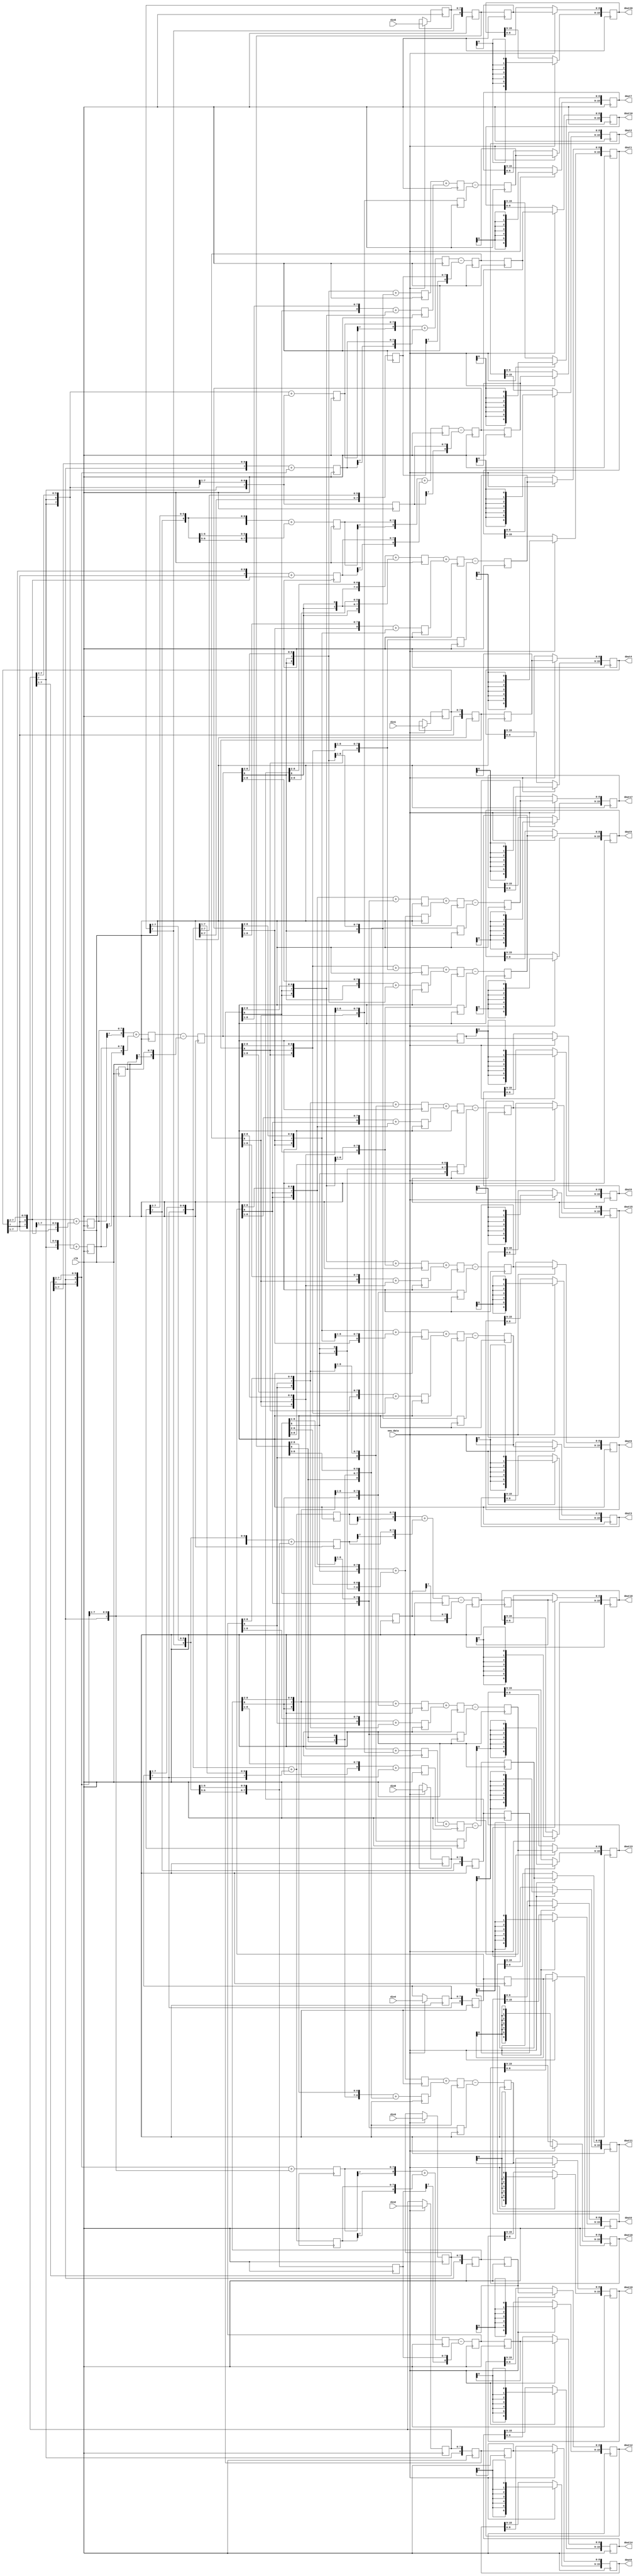

module quadintr_5_20 (clk, new_data,
   din0,
   din1,
   din2,
   din3,
   din4,
   din5,
   dout0,
   dout1,
   dout2,
   dout3,
   dout4,
   dout5,
   dout6,
   dout7,
   dout8,
   dout9,
   dout10,
   dout11,
   dout12,
   dout13,
   dout14,
   dout15,
   dout16,
   dout17,
   dout18,
   dout19,
   dout20); 

   input clk; 
   input new_data; 
   input[7:0] din0; 
   input[7:0] din1; 
   input[7:0] din2; 
   input[7:0] din3; 
   input[7:0] din4; 
   input[7:0] din5; 
   reg[7:0] dinr0; 
   reg[7:0] dinr1; 
   reg[7:0] dinr2; 
   reg[7:0] dinr3; 
   reg[7:0] dinr4; 
   reg[7:0] dinr5; 
   output[15:0] dout0; 
   output[15:0] dout1; 
   output[15:0] dout2; 
   output[15:0] dout3; 
   output[15:0] dout4; 
   output[15:0] dout5; 
   output[15:0] dout6; 
   output[15:0] dout7; 
   output[15:0] dout8; 
   output[15:0] dout9; 
   output[15:0] dout10; 
   output[15:0] dout11; 
   output[15:0] dout12; 
   output[15:0] dout13; 
   output[15:0] dout14; 
   output[15:0] dout15; 
   output[15:0] dout16; 
   output[15:0] dout17; 
   output[15:0] dout18; 
   output[15:0] dout19; 
   output[15:0] dout20; 
   reg[15:0] dout0; 
   reg[15:0] dout1; 
   reg[15:0] dout2; 
   reg[15:0] dout3; 
   reg[15:0] dout4; 
   reg[15:0] dout5; 
   reg[15:0] dout6; 
   reg[15:0] dout7; 
   reg[15:0] dout8; 
   reg[15:0] dout9; 
   reg[15:0] dout10; 
   reg[15:0] dout11; 
   reg[15:0] dout12; 
   reg[15:0] dout13; 
   reg[15:0] dout14; 
   reg[15:0] dout15; 
   reg[15:0] dout16; 
   reg[15:0] dout17; 
   reg[15:0] dout18; 
   reg[15:0] dout19; 
   reg[15:0] dout20; 

   reg[7:0] tmp_10; 
   reg[7:0] tmp_11; 
   reg[7:0] tmp_12; 
   reg[7:0] tmp_13; 
   reg[7:0] tmp_14; 
   reg[7:0] tmp_15; 
   reg[7:0] tmp_16; 
   reg[7:0] tmp_17; 
   reg[7:0] tmp_18; 
   reg[7:0] tmp_19; 
   reg[7:0] tmp_110; 
   reg[7:0] tmp_20; 
   reg[7:0] tmp_21; 
   reg[7:0] tmp_22; 
   reg[7:0] tmp_23; 
   reg[7:0] tmp_24; 
   reg[7:0] tmp_25; 
   reg[7:0] tmp_26; 
   reg[7:0] tmp_27; 
   reg[7:0] tmp_28; 
   reg[7:0] tmp_29; 
   reg[7:0] tmp_210; 
   reg[7:0] tmp_30; 
   reg[7:0] tmp_31; 
   reg[7:0] tmp_32; 
   reg[7:0] tmp_33; 
   reg[7:0] tmp_34; 
   reg[7:0] tmp_35; 
   reg[7:0] tmp_36; 
   reg[7:0] tmp_37; 
   reg[7:0] tmp_38; 
   reg[7:0] tmp_39; 
   reg[7:0] tmp_310; 
   reg[8:0] add_tmp0; 
   reg[8:0] add_tmp1; 
   reg[8:0] add_tmp2; 
   reg[8:0] add_tmp3; 
   reg[8:0] add_tmp4; 
   reg[8:0] add_tmp5; 
   reg[8:0] add_tmp6; 
   reg[8:0] add_tmp7; 
   reg[8:0] add_tmp8; 
   reg[8:0] add_tmp9; 
   reg[8:0] add_tmp10; 
   reg[8:0] doutr0; 
   reg[8:0] doutr1; 
   reg[8:0] doutr2; 
   reg[8:0] doutr3; 
   reg[8:0] doutr4; 
   reg[8:0] doutr5; 
   reg[8:0] doutr6; 
   reg[8:0] doutr7; 
   reg[8:0] doutr8; 
   reg[8:0] doutr9; 
   reg[8:0] doutr10; 
   reg[8:0] doutr11; 
   reg[8:0] doutr12; 
   reg[8:0] doutr13; 
   reg[8:0] doutr14; 
   reg[8:0] doutr15; 
   reg[8:0] doutr16; 
   reg[8:0] doutr17; 
   reg[8:0] doutr18; 
   reg[8:0] doutr19; 
   reg[8:0] doutr20; 


   reg[8:0] tmp_1_100; 
   reg[8:0] tmp_1_101; 
   reg[8:0] tmp_1_102; 
   reg[8:0] tmp_1_103; 
   reg[8:0] tmp_1_104; 
   reg[8:0] tmp_1_105; 
   reg[8:0] tmp_1_106; 
   reg[8:0] tmp_1_107; 
   reg[8:0] tmp_1_108; 
   reg[8:0] tmp_1_109; 
   reg[8:0] tmp_1_1010; 
   reg[8:0] tmp_1_1011; 
   reg[8:0] tmp_1_1012; 
   reg[8:0] tmp_1_1013; 
   reg[8:0] tmp_1_1014; 
   reg[8:0] tmp_1_1015; 
   reg[8:0] tmp_1_1016; 
   reg[8:0] tmp_1_1017; 
   reg[8:0] tmp_1_1018; 
   reg[8:0] tmp_1_1019; 
   reg[8:0] tmp_1_1020; 
   reg[8:0] tmp_2_100; 
   reg[8:0] tmp_2_101; 
   reg[8:0] tmp_2_102; 
   reg[8:0] tmp_2_103; 
   reg[8:0] tmp_2_104; 
   reg[8:0] tmp_2_105; 
   reg[8:0] tmp_2_106; 
   reg[8:0] tmp_2_107; 
   reg[8:0] tmp_2_108; 
   reg[8:0] tmp_2_109; 
   reg[8:0] tmp_2_1010; 
   reg[8:0] tmp_2_1011; 
   reg[8:0] tmp_2_1012; 
   reg[8:0] tmp_2_1013; 
   reg[8:0] tmp_2_1014; 
   reg[8:0] tmp_2_1015; 
   reg[8:0] tmp_2_1016; 
   reg[8:0] tmp_2_1017; 
   reg[8:0] tmp_2_1018; 
   reg[8:0] tmp_2_1019; 
   reg[8:0] tmp_2_1020; 
   reg[8:0] tmp_3_100; 
   reg[8:0] tmp_3_101; 
   reg[8:0] tmp_3_102; 
   reg[8:0] tmp_3_103; 
   reg[8:0] tmp_3_104; 
   reg[8:0] tmp_3_105; 
   reg[8:0] tmp_3_106; 
   reg[8:0] tmp_3_107; 
   reg[8:0] tmp_3_108; 
   reg[8:0] tmp_3_109; 
   reg[8:0] tmp_3_1010; 
   reg[8:0] tmp_3_1011; 
   reg[8:0] tmp_3_1012; 
   reg[8:0] tmp_3_1013; 
   reg[8:0] tmp_3_1014; 
   reg[8:0] tmp_3_1015; 
   reg[8:0] tmp_3_1016; 
   reg[8:0] tmp_3_1017; 
   reg[8:0] tmp_3_1018; 
   reg[8:0] tmp_3_1019; 
   reg[8:0] tmp_3_1020; 
   reg[8:0] add_tmp_100; 
   reg[8:0] add_tmp_101; 
   reg[8:0] add_tmp_102; 
   reg[8:0] add_tmp_103; 
   reg[8:0] add_tmp_104; 
   reg[8:0] add_tmp_105; 
   reg[8:0] add_tmp_106; 
   reg[8:0] add_tmp_107; 
   reg[8:0] add_tmp_108; 
   reg[8:0] add_tmp_109; 
   reg[8:0] add_tmp_1010; 
   reg[8:0] add_tmp_1011; 
   reg[8:0] add_tmp_1012; 
   reg[8:0] add_tmp_1013; 
   reg[8:0] add_tmp_1014; 
   reg[8:0] add_tmp_1015; 
   reg[8:0] add_tmp_1016; 
   reg[8:0] add_tmp_1017; 
   reg[8:0] add_tmp_1018; 
   reg[8:0] add_tmp_1019; 
   reg[8:0] add_tmp_1020; 

   reg[8:0] doutr_100; 
   reg[8:0] doutr_101; 
   reg[8:0] doutr_102; 
   reg[8:0] doutr_103; 
   reg[8:0] doutr_104; 
   reg[8:0] doutr_105; 
   reg[8:0] doutr_106; 
   reg[8:0] doutr_107; 
   reg[8:0] doutr_108; 
   reg[8:0] doutr_109; 
   reg[8:0] doutr_1010; 

   always @(posedge clk)
   begin
         if (new_data == 1'b1)
         begin
			dinr0 <= din0;
			dinr1 <= din1;
			dinr2 <= din2;
			dinr3 <= din3;
			dinr4 <= din4;
			dinr5 <= din5;

			dout0[15:9] <= {doutr0[8],doutr0[8],doutr0[8],doutr0[8],doutr0[8],doutr0[8],doutr0[8]};
			dout1[15:9] <= {doutr1[8],doutr1[8],doutr1[8],doutr1[8],doutr1[8],doutr1[8],doutr1[8]};
			dout2[15:9] <= {doutr2[8],doutr2[8],doutr2[8],doutr2[8],doutr2[8],doutr2[8],doutr2[8]};
			dout3[15:9] <= {doutr3[8],doutr3[8],doutr3[8],doutr3[8],doutr3[8],doutr3[8],doutr3[8]};
			dout4[15:9] <= {doutr4[8],doutr4[8],doutr4[8],doutr4[8],doutr4[8],doutr4[8],doutr4[8]};
			dout5[15:9] <= {doutr5[8],doutr5[8],doutr5[8],doutr5[8],doutr5[8],doutr5[8],doutr5[8]};
			dout6[15:9] <= {doutr6[8],doutr6[8],doutr6[8],doutr6[8],doutr6[8],doutr6[8],doutr6[8]};
			dout7[15:9] <= {doutr7[8],doutr7[8],doutr7[8],doutr7[8],doutr7[8],doutr7[8],doutr7[8]};
			dout8[15:9] <= {doutr8[8],doutr8[8],doutr8[8],doutr8[8],doutr8[8],doutr8[8],doutr8[8]};
			dout9[15:9] <= {doutr9[8],doutr9[8],doutr9[8],doutr9[8],doutr9[8],doutr9[8],doutr9[8]};
			dout10[15:9] <= {doutr10[8],doutr10[8],doutr10[8],doutr10[8],doutr10[8],doutr10[8],doutr10[8]};
			dout11[15:9] <= {doutr11[8],doutr11[8],doutr11[8],doutr11[8],doutr11[8],doutr11[8],doutr11[8]};
			dout12[15:9] <= {doutr12[8],doutr12[8],doutr12[8],doutr12[8],doutr12[8],doutr12[8],doutr12[8]};
			dout13[15:9] <= {doutr13[8],doutr13[8],doutr13[8],doutr13[8],doutr13[8],doutr13[8],doutr13[8]};
			dout14[15:9] <= {doutr14[8],doutr14[8],doutr14[8],doutr14[8],doutr14[8],doutr14[8],doutr14[8]};
			dout15[15:9] <= {doutr15[8],doutr15[8],doutr15[8],doutr15[8],doutr15[8],doutr15[8],doutr15[8]};
			dout16[15:9] <= {doutr16[8],doutr16[8],doutr16[8],doutr16[8],doutr16[8],doutr16[8],doutr16[8]};
			dout17[15:9] <= {doutr17[8],doutr17[8],doutr17[8],doutr17[8],doutr17[8],doutr17[8],doutr17[8]};
			dout18[15:9] <= {doutr18[8],doutr18[8],doutr18[8],doutr18[8],doutr18[8],doutr18[8],doutr18[8]};
			dout19[15:9] <= {doutr19[8],doutr19[8],doutr19[8],doutr19[8],doutr19[8],doutr19[8],doutr19[8]};
			dout20[15:9] <= {doutr20[8],doutr20[8],doutr20[8],doutr20[8],doutr20[8],doutr20[8],doutr20[8]};
			dout0[8:0] <= doutr0;
			dout1[8:0] <= doutr1;
			dout2[8:0] <= doutr2;
			dout3[8:0] <= doutr3;
			dout4[8:0] <= doutr4;
			dout5[8:0] <= doutr5;
			dout6[8:0] <= doutr6;
			dout7[8:0] <= doutr7;
			dout8[8:0] <= doutr8;
			dout9[8:0] <= doutr9;
			dout10[8:0] <= doutr10;
			dout11[8:0] <= doutr11;
			dout12[8:0] <= doutr12;
			dout13[8:0] <= doutr13;
			dout14[8:0] <= doutr14;
			dout15[8:0] <= doutr15;
			dout16[8:0] <= doutr16;
			dout17[8:0] <= doutr17;
			dout18[8:0] <= doutr18;
			dout19[8:0] <= doutr19;
			dout20[8:0] <= doutr20;
		end

				doutr_100 <= {dinr0[8-1], dinr0};
				doutr_102 <= {dinr1[8-1], dinr1};
				doutr_104 <= {dinr2[8-1], dinr2};
				doutr_106 <= {dinr3[8-1], dinr3};

				tmp_11 <= {dinr0[8-1], dinr0[8-1], dinr0[8-1:2]} + {dinr0[8-1], dinr0[8-1], dinr0[8-1], dinr0[8-1:3]};
				tmp_13 <= {dinr1[8-1], dinr1[8-1], dinr1[8-1:2]} + {dinr1[8-1], dinr1[8-1], dinr1[8-1], dinr1[8-1:3]};
				tmp_15 <= {dinr2[8-1], dinr2[8-1], dinr2[8-1:2]} + {dinr2[8-1], dinr2[8-1], dinr2[8-1], dinr2[8-1:3]};
				tmp_17 <= {dinr3[8-1], dinr3[8-1], dinr3[8-1:2]} + {dinr3[8-1], dinr3[8-1], dinr3[8-1], dinr3[8-1:3]};
				
				tmp_21 <= {dinr1[8-1], dinr1[8-1:1]} + {dinr1[8-1], dinr1[8-1], dinr1[8-1:2]};
				tmp_23 <= {dinr2[8-1], dinr2[8-1:1]} + {dinr2[8-1], dinr2[8-1], dinr2[8-1:2]};
				tmp_25 <= {dinr3[8-1], dinr3[8-1:1]} + {dinr3[8-1], dinr3[8-1], dinr3[8-1:2]};
				tmp_27 <= {dinr4[8-1], dinr4[8-1:1]} + {dinr4[8-1], dinr4[8-1], dinr4[8-1:2]};
				
				tmp_31 <= {dinr2[8-1], dinr2[8-1], dinr2[8-1], dinr2[8-1:3]};
				tmp_33 <= {dinr3[8-1], dinr3[8-1], dinr3[8-1], dinr3[8-1:3]};
				tmp_35 <= {dinr4[8-1], dinr4[8-1], dinr4[8-1], dinr4[8-1:3]};
				tmp_37 <= {dinr5[8-1], dinr5[8-1], dinr5[8-1], dinr5[8-1:3]};

				add_tmp1 <= {tmp_11[8-1], tmp_11} + {tmp_21[8-1], tmp_21};
				add_tmp3 <= {tmp_13[8-1], tmp_13} + {tmp_23[8-1], tmp_23};
				add_tmp5 <= {tmp_15[8-1], tmp_15} + {tmp_25[8-1], tmp_25};
				add_tmp7 <= {tmp_17[8-1], tmp_17} + {tmp_27[8-1], tmp_27};

				doutr_101 <= add_tmp1 - {tmp_31[8-1], tmp_31};
				doutr_103 <= add_tmp3 - {tmp_33[8-1], tmp_33};
				doutr_105 <= add_tmp5 - {tmp_35[8-1], tmp_35};
				doutr_107 <= add_tmp7 - {tmp_37[8-1], tmp_37};

		doutr_108 <= {dinr4[8-1] , dinr4};

		tmp_19 <= {dinr3[8-1], dinr3[8-1] , dinr3[8-1] , dinr3[8-1:3]};

		tmp_29 <= {dinr4[8-1], dinr4[8-1:1]} +
				{dinr4[8-1], dinr4[8-1] , dinr4[8-1:2]};

		tmp_39 <= {dinr5[8-1] , dinr5[8-1] , dinr5[8-1:2]} +
			{dinr5[8-1] , dinr5[8-1] , dinr5[8-1] , dinr5[8-1:3]};

		add_tmp9 <= {tmp_29[8-1] , tmp_29} + 
						  {tmp_39[8-1] , tmp_39};

		doutr_109 <= add_tmp9 - {tmp_19[8-1] , tmp_19};

		doutr_1010 <= {dinr5[8-1] , dinr5};

			doutr0 <= doutr_100;
			doutr2 <= doutr_101;
			doutr4 <= doutr_102;
			doutr6 <= doutr_103;
			doutr8 <= doutr_104;
			doutr10 <= doutr_105;
			doutr12 <= doutr_106;
			doutr14 <= doutr_107;
			doutr16 <= doutr_108;

			tmp_1_101 <= {doutr_100[8] , doutr_100[8] , doutr_100[8:2]} + {doutr_100[8] , doutr_100[8] , doutr_100[8] , doutr_100[8:3]};
			tmp_1_103 <= {doutr_101[8] , doutr_101[8] , doutr_101[8:2]} + {doutr_101[8] , doutr_101[8] , doutr_101[8] , doutr_101[8:3]};
			tmp_1_105 <= {doutr_102[8] , doutr_102[8] , doutr_102[8:2]} + {doutr_102[8] , doutr_102[8] , doutr_102[8] , doutr_102[8:3]};
			tmp_1_107 <= {doutr_103[8] , doutr_103[8] , doutr_103[8:2]} + {doutr_103[8] , doutr_103[8] , doutr_103[8] , doutr_103[8:3]};
			tmp_1_109 <= {doutr_104[8] , doutr_104[8] , doutr_104[8:2]} + {doutr_104[8] , doutr_104[8] , doutr_104[8] , doutr_104[8:3]};
			tmp_1_1011 <= {doutr_105[8] , doutr_105[8] , doutr_105[8:2]} + {doutr_105[8] , doutr_105[8] , doutr_105[8] , doutr_105[8:3]};
			tmp_1_1013 <= {doutr_106[8] , doutr_106[8] , doutr_106[8:2]} + {doutr_106[8] , doutr_106[8] , doutr_106[8] , doutr_106[8:3]};
			tmp_1_1015 <= {doutr_107[8] , doutr_107[8] , doutr_107[8:2]} + {doutr_107[8] , doutr_107[8] , doutr_107[8] , doutr_107[8:3]};
			tmp_1_1017 <= {doutr_108[8] , doutr_108[8] , doutr_108[8:2]} + {doutr_108[8] , doutr_108[8] , doutr_108[8] , doutr_108[8:3]};
				
			tmp_2_101 <= {doutr_101[8], doutr_101[8:1]} + {doutr_101[8], doutr_101[8] , doutr_101[8:2]};
			tmp_2_103 <= {doutr_102[8], doutr_102[8:1]} + {doutr_102[8], doutr_102[8] , doutr_102[8:2]};
			tmp_2_105 <= {doutr_103[8], doutr_103[8:1]} + {doutr_103[8], doutr_103[8] , doutr_103[8:2]};
			tmp_2_107 <= {doutr_104[8], doutr_104[8:1]} + {doutr_104[8], doutr_104[8] , doutr_104[8:2]};
			tmp_2_109 <= {doutr_105[8], doutr_105[8:1]} + {doutr_105[8], doutr_105[8] , doutr_105[8:2]};
			tmp_2_1011 <= {doutr_106[8], doutr_106[8:1]} + {doutr_106[8], doutr_106[8] , doutr_106[8:2]};
			tmp_2_1013 <= {doutr_107[8], doutr_107[8:1]} + {doutr_107[8], doutr_107[8] , doutr_107[8:2]};
			tmp_2_1015 <= {doutr_108[8], doutr_108[8:1]} + {doutr_108[8], doutr_108[8] , doutr_108[8:2]};
			tmp_2_1017 <= {doutr_109[8], doutr_109[8:1]} + {doutr_109[8], doutr_109[8] , doutr_109[8:2]};
			
			tmp_3_101 <= {doutr_102[8], doutr_102[8] , doutr_102[8] , doutr_102[8:3]};
			tmp_3_103 <= {doutr_103[8], doutr_103[8] , doutr_103[8] , doutr_103[8:3]};
			tmp_3_105 <= {doutr_104[8], doutr_104[8] , doutr_104[8] , doutr_104[8:3]};
			tmp_3_107 <= {doutr_105[8], doutr_105[8] , doutr_105[8] , doutr_105[8:3]};
			tmp_3_109 <= {doutr_106[8], doutr_106[8] , doutr_106[8] , doutr_106[8:3]};
			tmp_3_1011 <= {doutr_107[8], doutr_107[8] , doutr_107[8] , doutr_107[8:3]};
			tmp_3_1013 <= {doutr_108[8], doutr_108[8] , doutr_108[8] , doutr_108[8:3]};
			tmp_3_1015 <= {doutr_109[8], doutr_109[8] , doutr_109[8] , doutr_109[8:3]};
			tmp_3_1017 <= {doutr_1010[8], doutr_1010[8] , doutr_1010[8] , doutr_1010[8:3]};

			add_tmp_101 <= tmp_1_101 + tmp_2_101;
			add_tmp_103 <= tmp_1_103 + tmp_2_103;
			add_tmp_105 <= tmp_1_105 + tmp_2_105;
			add_tmp_107 <= tmp_1_107 + tmp_2_107;
			add_tmp_109 <= tmp_1_109 + tmp_2_109;
			add_tmp_1011 <= tmp_1_1011 + tmp_2_1011;
			add_tmp_1013 <= tmp_1_1013 + tmp_2_1013;
			add_tmp_1015 <= tmp_1_1015 + tmp_2_1015;
			add_tmp_1017 <= tmp_1_1017 + tmp_2_1017;

			doutr1 <= add_tmp_101 - tmp_3_101;
			doutr3 <= add_tmp_103 - tmp_3_103;
			doutr5 <= add_tmp_105 - tmp_3_105;
			doutr7 <= add_tmp_107 - tmp_3_107;
			doutr9 <= add_tmp_109 - tmp_3_109;
			doutr11 <= add_tmp_1011 - tmp_3_1011;
			doutr13 <= add_tmp_1013 - tmp_3_1013;
			doutr15 <= add_tmp_1015 - tmp_3_1015;
			doutr17 <= add_tmp_1017 - tmp_3_1017;

		doutr18 <= doutr_109;

		tmp_1_1019 <= {doutr_108[8], doutr_108[8] , doutr_108[8] , doutr_108[8:3]};

		tmp_2_1019 <= {doutr_109[8], doutr_109[8:1]} +
				{doutr_109[8], doutr_109[8] , doutr_109[8:2]};
				
		tmp_3_1019 <= {doutr_1010[8] , doutr_1010[8] , doutr_1010[8:2]} +
			{doutr_1010[8] , doutr_1010[8] , doutr_1010[8] , doutr_1010[8:3]};

		add_tmp_1019 <= tmp_2_1019 + tmp_3_1019;

		doutr19 <= add_tmp_1019 - tmp_1_1019;

		doutr20 <= doutr_1010;
   end 
endmodule